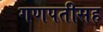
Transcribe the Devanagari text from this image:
गणपतीसह